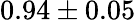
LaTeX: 0.94\pm 0.05